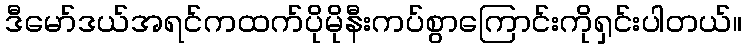
ဒီမော်ဒယ်အရင်ကထက်ပိုမိုနီးကပ်စွာကြောင်းကိုရှင်းပါတယ်။